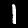
Label: 1